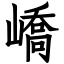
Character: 嶠